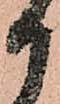
御